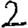
Digit: 2